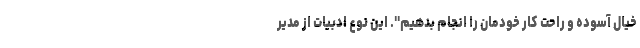
خیال آسوده و راحت کار خودمان را انجام بدهیم". این نوع ادبیات از مدیر